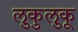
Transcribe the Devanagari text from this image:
लुकुलुकू